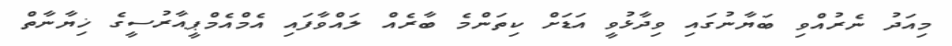
މިއަދު ނެރުއްވި ބަޔާނުގައި ވިދާޅުވީ އަޑަށް ކިތަންމެ ބާރެއް ލައްވާފައި އެމްއެމްޕީއާރުސީގެ ޚިޔާނާތް